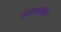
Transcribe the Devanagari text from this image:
कलानच